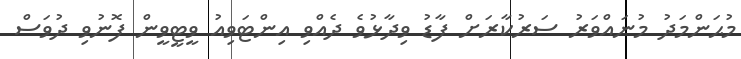
މުޙަންމަދު މުނައްވަރު ސަރުކާރަށް ފާޑު ވިދާޅުވެ ދެއްވި އިންޓަވިއު ވީޓީވީން ފޮނުވި ދުވަސް